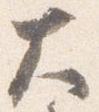
大